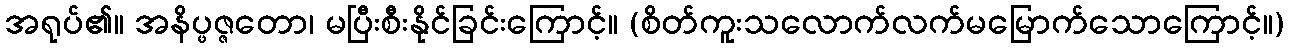
အရုပ်၏။ အနိပ္ဖဇ္ဇတော၊ မပြီးစီးနိုင်ခြင်းကြောင့်။ (စိတ်ကူးသလောက်လက်မမြောက်သောကြောင့်။)